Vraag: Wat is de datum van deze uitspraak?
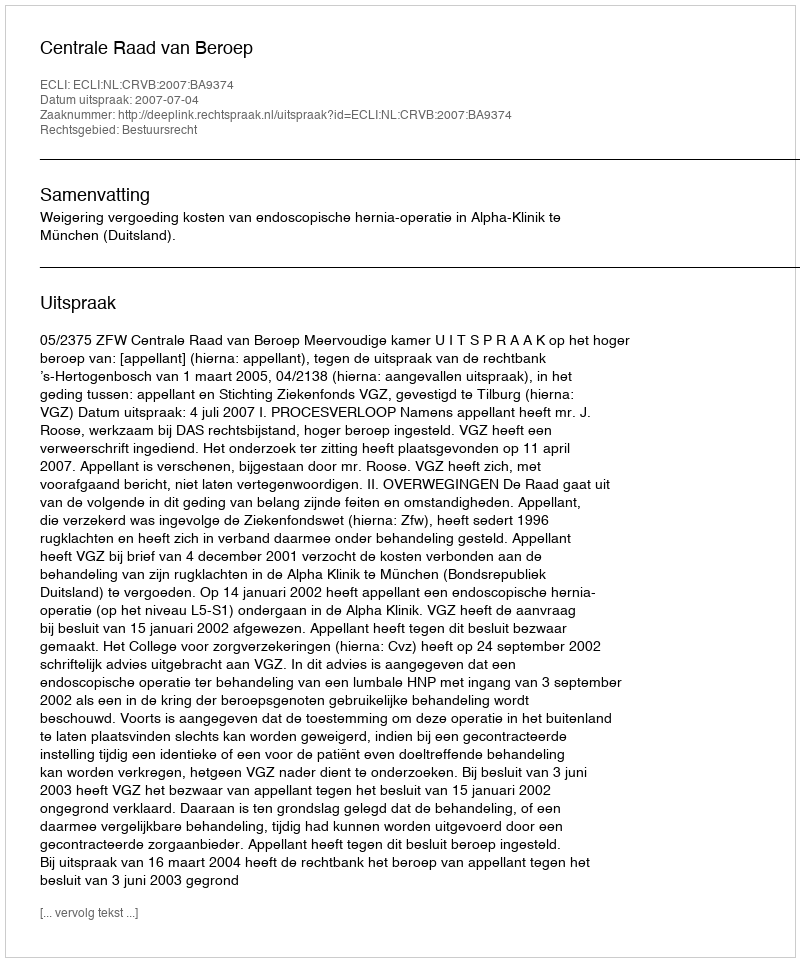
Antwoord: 2007-07-04